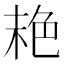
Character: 𦫕